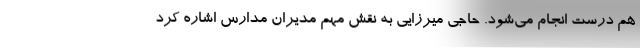
هم درست انجام می‌شود. حاجی میرزایی به نقش مهم مدیران مدارس اشاره کرد